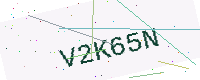
Text: V2K65N